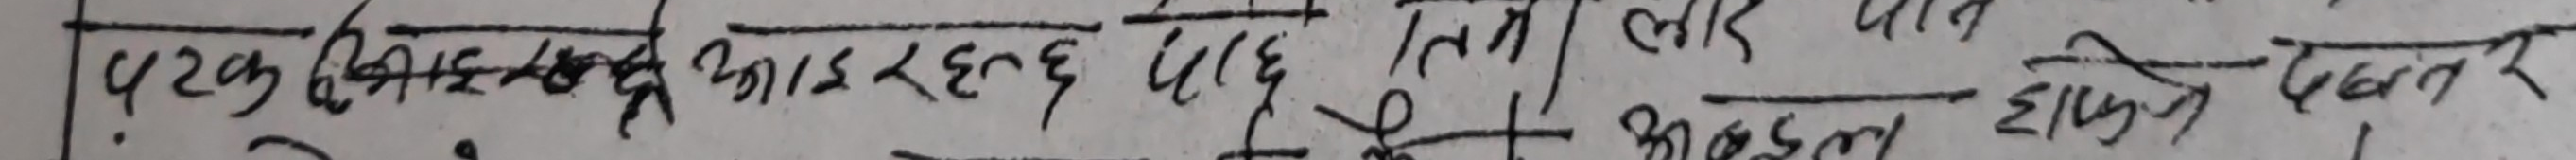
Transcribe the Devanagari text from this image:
पटक दहि मरा आज रछ दिए तिन लाई आज भोल एका तर